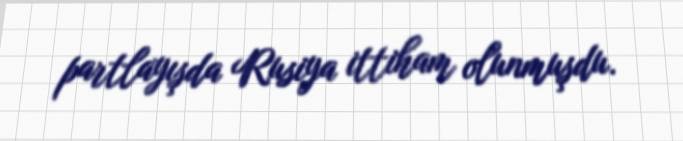
partlayışda Rusiya ittiham olunmuşdu.